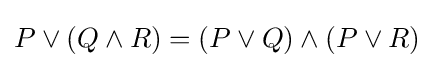
P\vee (Q\wedge R)=(P\vee Q)\wedge (P\vee R)